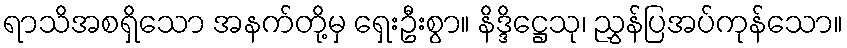
ရာသိအစရှိသော အနက်တို့မှ ရှေးဦးစွာ။ နိဒ္ဒိဋ္ဌေသု၊ ညွှန်ပြအပ်ကုန်သော။